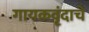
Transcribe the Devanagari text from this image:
गायकवृंदाचे